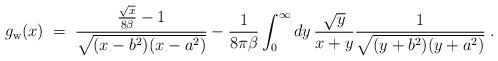
LaTeX: \begin{align*}g_{\rm w}(x)\;=\;{ {\sqrt{x}\over 8\beta}-1\over \sqrt{(x-b^2)(x-a^2)}}-{1\over 8\pi\beta}\int_0^\infty dy\,{\sqrt{y}\over x+y}{1\over \sqrt{ (y+b^2)(y+a^2)}}\;.\end{align*}